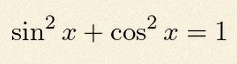
\sin^2x+\cos^2x=1